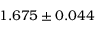
1 . 6 7 5 \pm 0 . 0 4 4